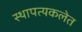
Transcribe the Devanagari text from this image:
स्थापत्यकलेत